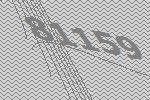
81159